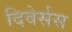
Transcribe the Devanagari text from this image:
दिवेर्सस